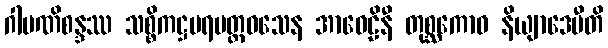
ဂါမဏိစန္ဒဿ သစ္စိကဋ္ဌပရမတ္ထဝသေန အာဝေဠိနီ တုစ္ဆကောဝ နိယျာဒေမီတိ